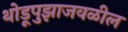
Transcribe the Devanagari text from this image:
थोडूपुझाजवळील